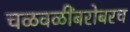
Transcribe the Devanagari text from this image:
चळवळींबरोबरच